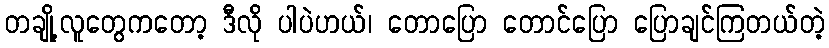
တချို့လူတွေကတော့ ဒီလို ပါပဲဟယ်၊ တောပြော တောင်ပြော ပြောချင်ကြတယ်တဲ့